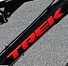
TREK